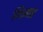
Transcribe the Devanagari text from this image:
मिश्नाह